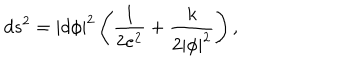
d s ^ { 2 } = | d \phi | ^ { 2 } \left( \frac { 1 } { 2 e ^ { 2 } } + \frac { k } { 2 | \phi | ^ { 2 } } \right) ,